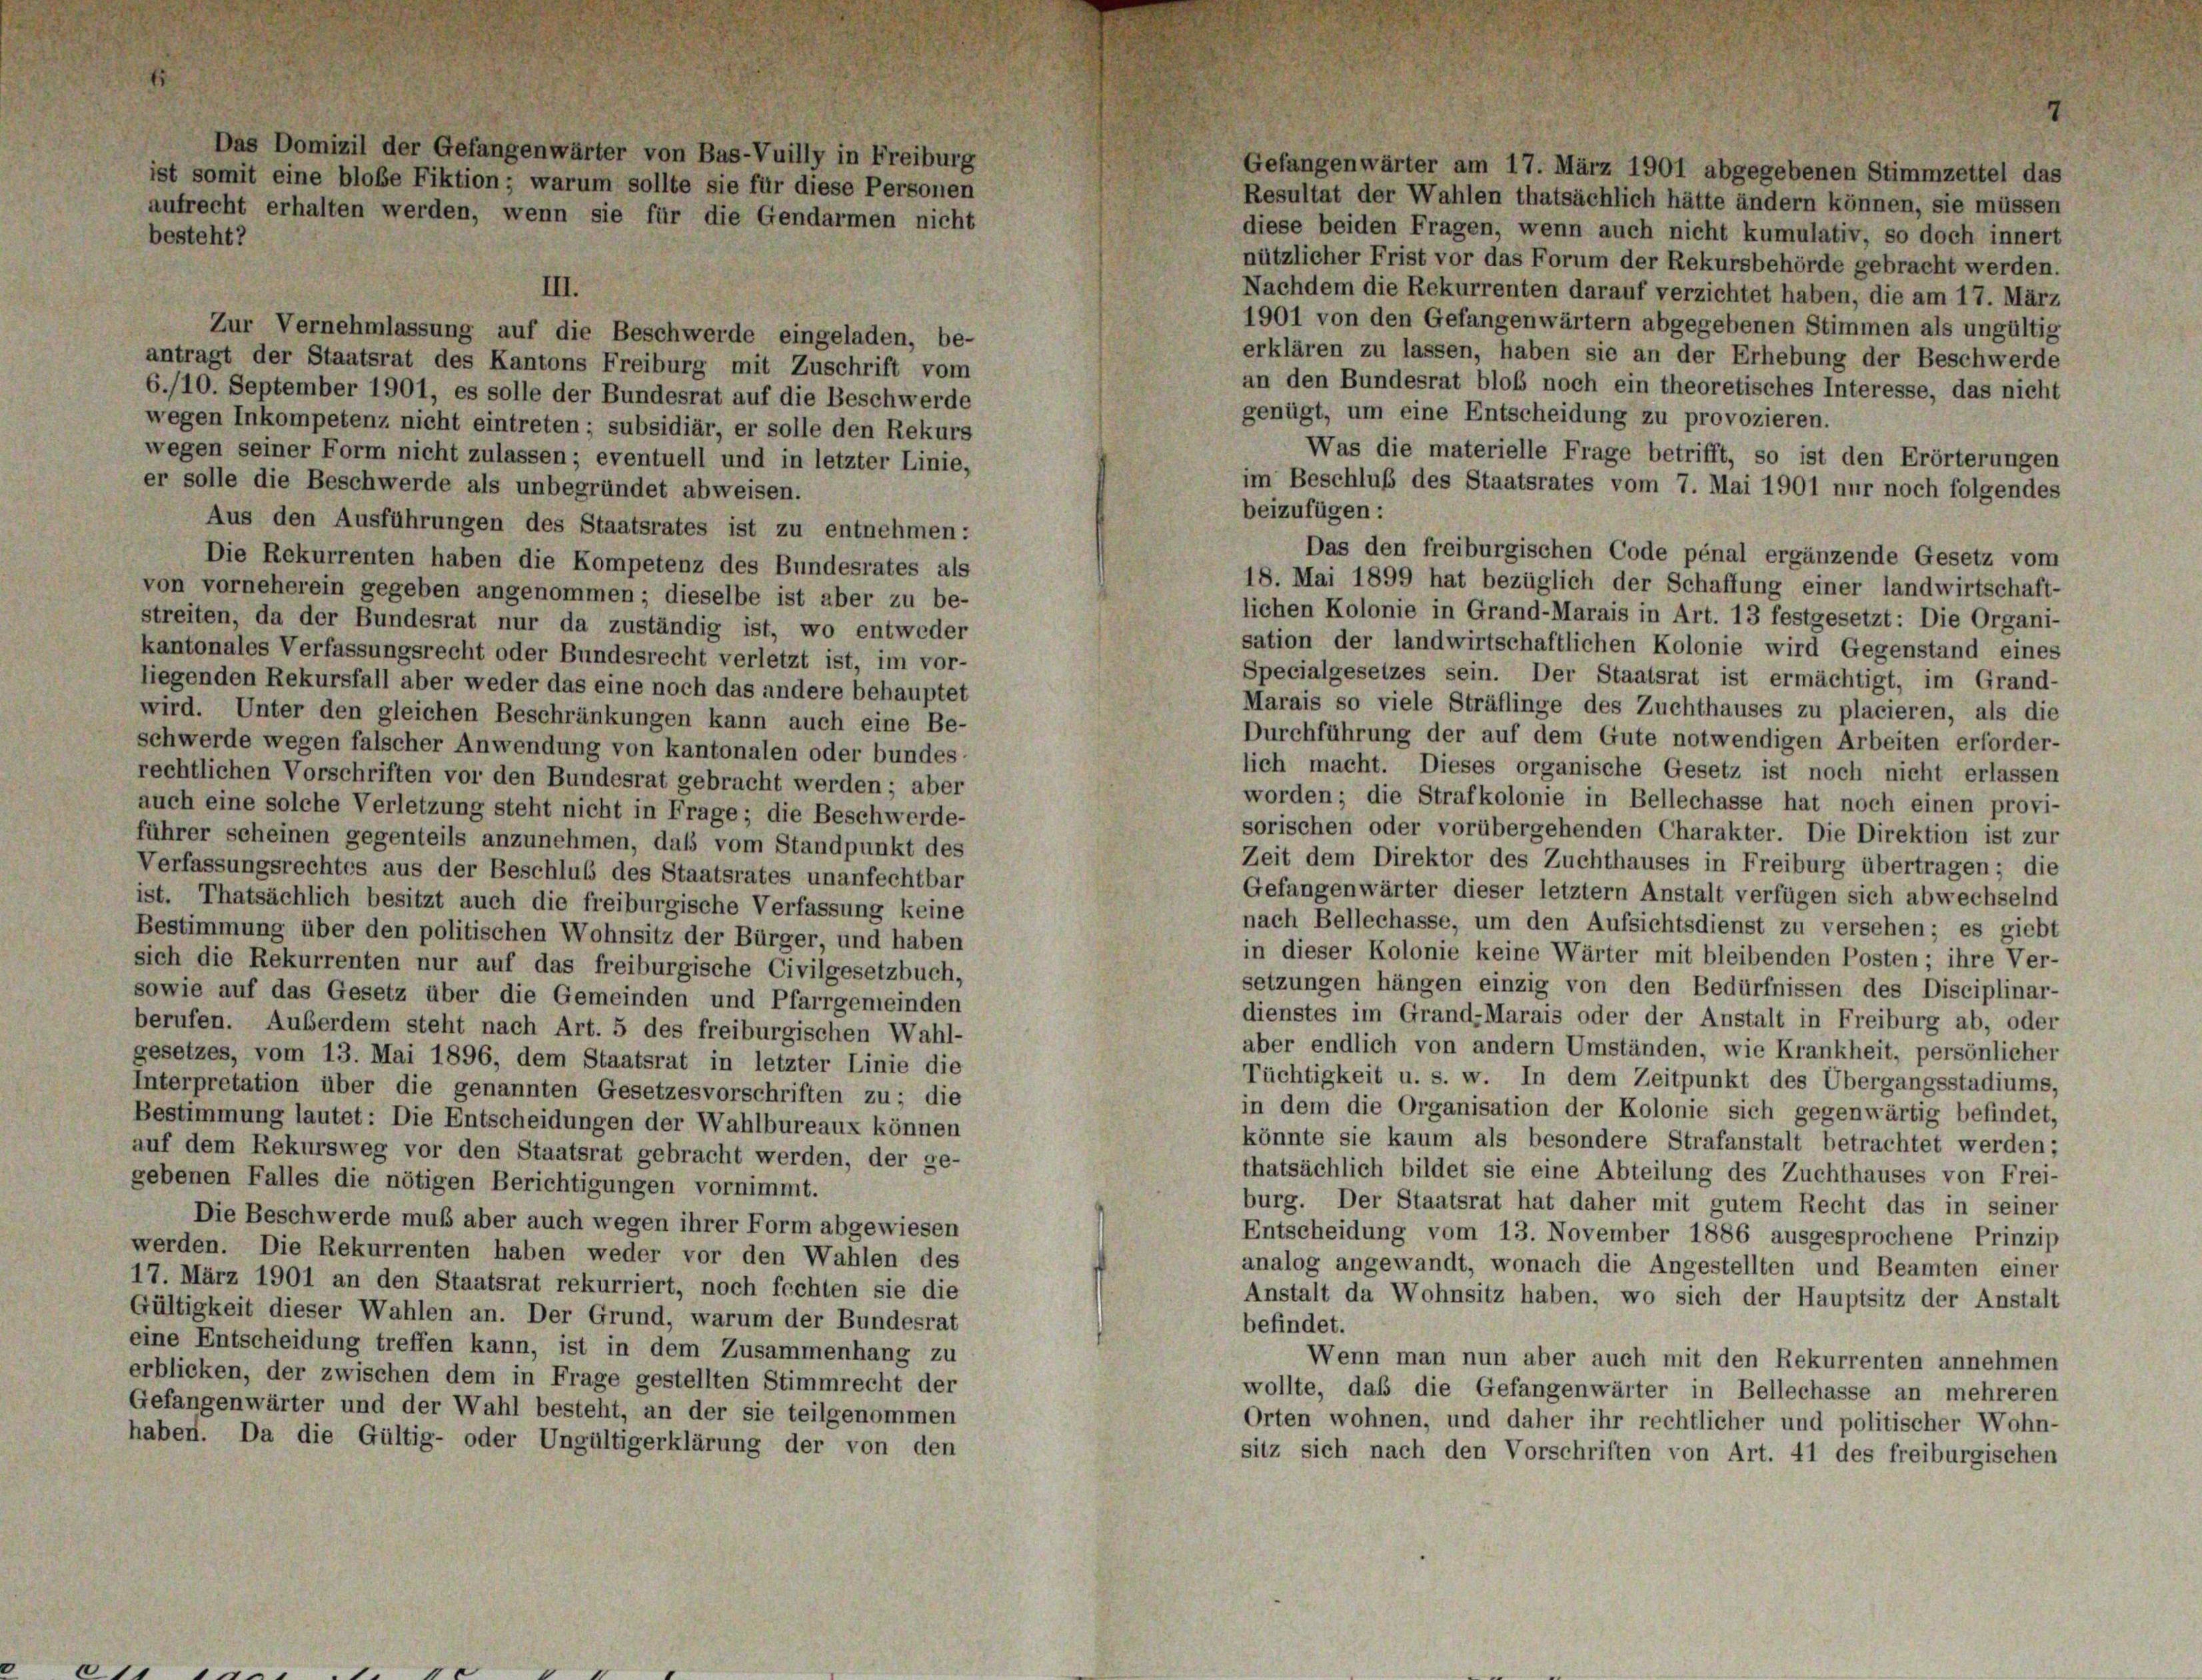
Gefangenwärter am 17. März 1901 abgegebenen Stimmzettel das
Resultat der Wahlen thatsächlich hätte ändern können, sie müssen
diese beiden Fragen, wenn auch nicht kumulativ, so doch innert
besteht?
nützlicher Frist vor das Forum der Rekursbehörde gebracht werden.
III.
Nachdem die Rekurrenten darauf verzichtet haben, die am 17. März
1901 von den Gefangenwärtern abgegebenen Stimmen als ungültig
Zur Vernehmlassung auf die Beschwerde eingeladen, be-
erklären zu lassen, haben sie an der Erhebung der Beschwerde
antragt der Staatsrat des Kantons Freiburg mit Zuschrift vom
an den Bundesrat bloß noch ein theoretisches Interesse, das nicht
6./10. September 1901, es solle der Bundesrat auf die Beschwerde
genügt, um eine Entscheidung zu provozieren.
wegen Inkompetenz nicht eintreten; subsidiär, er solle den Rekurs
Was die materielle Frage betrifft, so ist den Erörterungen
wegen seiner Form nicht zulassen; eventuell und in letzter Linie,
im Beschluß des Staatsrates vom 7. Mai 1901 nur noch folgendes
er solle die Beschwerde als unbegründet abweisen.
beizufügen:
Aus den Ausführungen des Staatsrates ist zu entnehmen:
Das den freiburgischen Code pénal ergänzende Gesetz vom
Die Rekurrenten haben die Kompetenz des Bundesrates als
18. Mai 1899 hat bezüglich der Schaffung einer landwirtschaft-
von vorneherein gegeben angenommen; dieselbe ist aber zu be-
lichen Kolonie in Grand-Marais in Art. 13 festgesetzt: Die Organi-
streiten, da der Bundesrat nur da zuständig ist, wo entweder
sation der landwirtschaftlichen Kolonie wird Gegenstand eines
kantonales Verfassungsrecht oder Bundesrecht verletzt ist, im vor-
Specialgesetzes sein. Der Staatsrat ist ermächtigt, im Grand-
liegenden Rekursfall aber weder das eine noch das andere behauptet
Marais so viele Sträflinge des Zuchthauses zu placieren, als die
wird. Unter den gleichen Beschränkungen kann auch eine Be-
Durchführung der auf dem Gute notwendigen Arbeiten erforder-
schwerde wegen falscher Anwendung von kantonalen oder bundes
lich macht. Dieses organische Gesetz ist noch nicht erlassen
rechtlichen Vorschriften vor den Bundesrat gebracht werden; aber
worden; die Strafkolonie in Bellechasse hat noch einen provi-
auch eine solche Verletzung steht nicht in Frage; die Beschwerde-
sorischen oder vorübergehenden Charakter. Die Direktion ist zur
führer scheinen gegenteils anzunehmen, daß vom Standpunkt des
Zeit dem Direktor des Zuchthauses in Freiburg übertragen; die
Verfassungsrechtes aus der Beschluß des Staatsrates unanfechtbar
Gefangenwärter dieser letztem Anstalt verfügen sich abwechselnd
ist. Thatsächlich besitzt auch die freiburgische Verfassung keine
nach Bellechasse, um den Aufsichtsdienst zu versehen; es giebt
Bestimmung über den politischen Wohnsitz der Bürger, und haben
in dieser Kolonie keine Wärter mit bleibenden Posten; ihre Ver-
sich die Rekurrenten nur auf das freiburgische Civilgesetzbuch,
setzungen hängen einzig von den Bedürfnissen des Disciplinar
sowie auf das Gesetz über die Gemeinden und Pfarrgemeinden
dienstes im Grand-Marais oder der Anstalt in Freiburg ab, oder
berufen. Außerdem steht nach Art. 5 des freiburgischen Wahl-
aber endlich von andern Umständen, wie Krankheit, persönlicher
gesetzes, vom 13. Mai 1896, dem Staatsrat in letzter Linie die
Tüchtigkeit u. s. w. In dem Zeitpunkt des Übergangsstadiums,
Interpretation über die genannten Gesetzesvorschriften zu; die
in dem die Organisation der Kolonie sich gegenwärtig befindet,
Bestimmung lautet: Die Entscheidungen der Wahlbureaux können
könnte sie kaum als besondere Strafanstalt betrachtet werden;
auf dem Rekursweg vor den Staatsrat gebracht werden, der ge-
thatsächlich bildet sie eine Abteilung des Zuchthauses von Frei-
gebenen Falles die nötigen Berichtigungen vornimmt.
burg. Der Staatsrat hat daher mit gutem Recht das in seiner
Die Beschwerde muß aber auch wegen ihrer Form abgewiesen
Entscheidung vom 13. November 1886 ausgesprochene Prinzip
werden. Die Rekurrenten haben weder vor den Wahlen des
analog angewandt, wonach die Angestellten und Beamten einer
17. März 1901 an den Staatsrat rekurriert, noch fechten sie die
Anstalt da Wohnsitz haben, wo sich der Hauptsitz der Anstalt
Gültigkeit dieser Wahlen an. Der Grund, warum der Bundesrat
befindet.
eine Entscheidung treffen kann, ist in dem Zusammenhang zu
Wenn man nun aber auch mit den Rekurrenten annehmen
erblicken, der zwischen dem in Frage gestellten Stimmrecht der
wollte, daß die Gefangenwärter in Bellechasse an mehreren
Gefangenwärter und der Wahl besteht, an der sie teilgenommen
Orten wohnen, und daher ihr rechtlicher und politischer Wohn-
haben. Da die Gültig- oder Ungültigerklärung der von den
sitz sich nach den Vorschriften von Art. 41 des freiburgischen

aufrecht erhalten werden, wenn sie für die Gendarmen nicht

Das Domizil der Gefangenwärter von Bas-Vuilly in Freiburg
ist somit eine bloße Fiktion; warum sollte sie für diese Personen